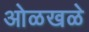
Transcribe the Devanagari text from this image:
ओळखळे